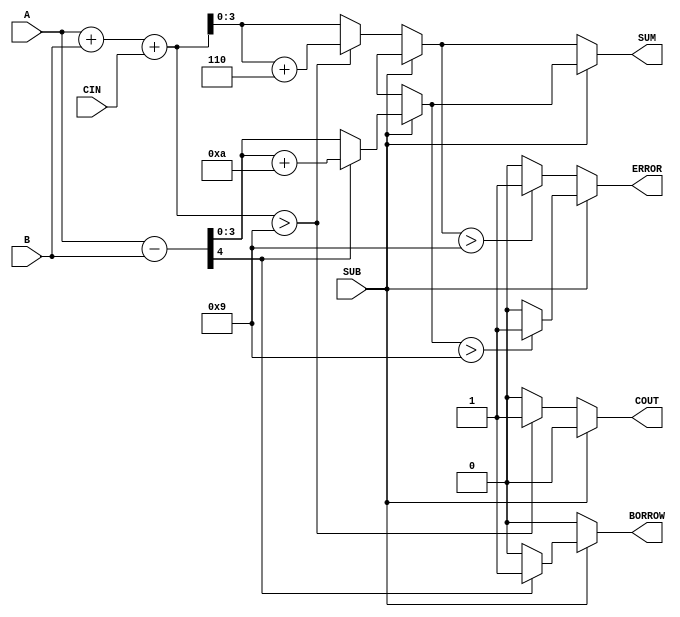
module BCD_Add_Subtracter (
    input  wire [3:0] A,      // First BCD digit
    input  wire [3:0] B,      // Second BCD digit
    input  wire SUB,          // Control signal for addition/subtraction
    input  wire CIN,          // Carry input for addition
    output reg  [3:0] SUM,    // Resulting BCD digit
    output reg  COUT,         // Carry output for addition
    output reg  BORROW,       // Borrow output for subtraction
    output reg  ERROR         // Error flag for invalid BCD output
);

    wire [4:0] binary_sum;    // 5-bit to hold sum for carry detection
    wire [4:0] binary_diff;    // 5-bit to hold difference for borrow detection

    // Compute binary sum
    assign binary_sum = A + B + CIN;

    // Compute binary difference
    assign binary_diff = A - B;

    always @(*) begin
        // Initialize outputs
        SUM = 4'b0000;
        COUT = 1'b0;
        BORROW = 1'b0;
        ERROR = 1'b0;

        if (SUB == 1'b0) begin
            // Addition logic
            if (binary_sum > 4'b1001) begin
                SUM = binary_sum + 4'b0110; // BCD correction
                COUT = 1'b1; // Set carry out
            end else begin
                SUM = binary_sum[3:0]; // No correction needed
            end

            // Check for error condition
            if (SUM > 4'b1001) begin
                ERROR = 1'b1; // Invalid BCD output
            end
        end else begin
            // Subtraction logic
            if (binary_diff[4] == 1'b1) begin
                // Result is negative, apply BCD correction
                SUM = binary_diff + 4'b1010; // Add 10 for correction
                BORROW = 1'b1; // Set borrow flag
            end else begin
                SUM = binary_diff[3:0]; // No correction needed
            end

            // Check for error condition
            if (SUM > 4'b1001) begin
                ERROR = 1'b1; // Invalid BCD output
            end
        end
    end
endmodule